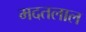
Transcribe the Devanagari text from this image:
मदतलाल